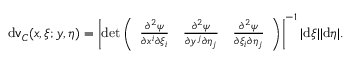
\mathrm { d } \mathsf { v } _ { C } ( x , \xi ; y , \eta ) = \left| \operatorname* { d e t } \left( \begin{array} { c c c } { \frac { \partial ^ { 2 } \psi } { \partial x ^ { i } \partial \xi _ { i } } } & { \frac { \partial ^ { 2 } \psi } { \partial y ^ { j } \partial \eta _ { j } } } & { \frac { \partial ^ { 2 } \psi } { \partial \xi _ { i } \partial \eta _ { j } } } \end{array} \right) \right| ^ { - 1 } | \mathrm { d } \xi | | \mathrm { d } \eta | .